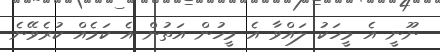
ނޫނީ އެ މީހަކު ލައްވާ އެ މީހުން އަތުން އެ ކަމެއް ކުރެވޭނެ